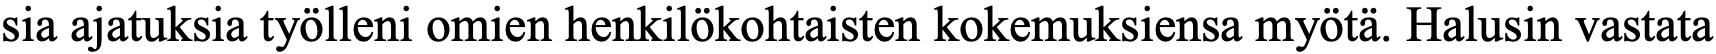
sia ajatuksia työlleni omien henkilökohtaisten kokemuksiensa myötä. Halusin vastata